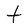
Character: t